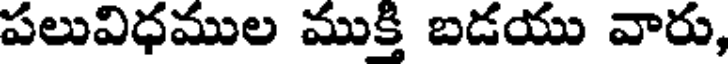
పలువిధముల ముక్తి బడయు వారు,